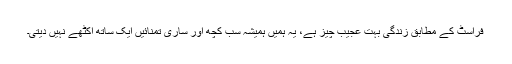
فراسٹ کے مُطابق زندگی بُہت عجیب چیز ہے، یہ ہمیں ہمیشہ سب کُچھ اور ساری تمنائیں ایک ساتھ اکٹھے نہیں دیتی۔